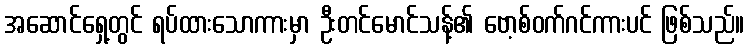
အဆောင်ရှေ့တွင် ရပ်ထားသောကားမှာ ဦးတင်မောင်သန့်၏ ဗော့စ်ဝက်ဂင်ကားပင် ဖြစ်သည်။